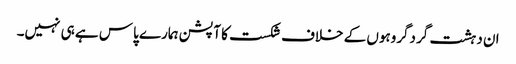
ان دہشت گردگروہوں کے خلاف شکست کا آپشن ہمارے پاس ہے ہی نہیں۔